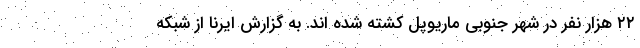
۲۲ هزار نفر در شهر جنوبی ماریوپل کشته شده اند. به گزارش ایرنا از شبکه